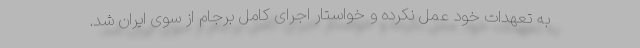
به تعهدات خود عمل نکرده و خواستار اجرای کامل برجام از سوی ایران شد.